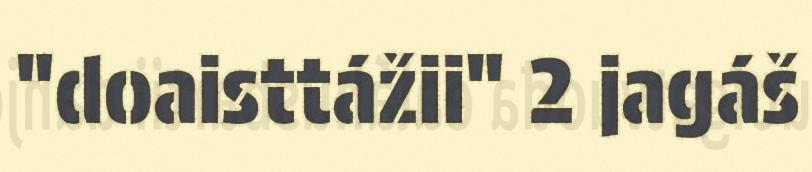
"doaisttážii" 2 jagáš